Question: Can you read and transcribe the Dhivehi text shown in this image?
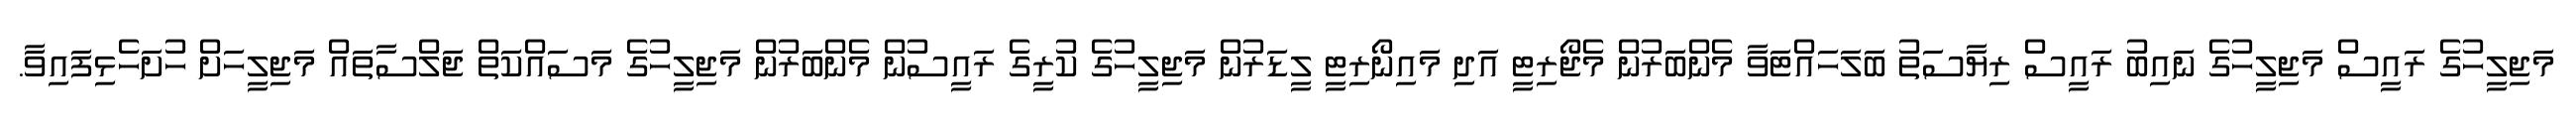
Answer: މަޖިލީހުގެ ރައީސް މަޖިލީހުގެ ނައިބު ރައީސް ރިޔާސަތު ބަލަހައްޓަވާ މެންބަރުން މެޖޯރިޓީ އަދި މައިނޯރިޓީ ލީޑަރުން މަޖިލީހުގެ ކުރީގެ ރައީސުން މެންބަރުން މަޖިލީހުގެ މަސައްކަތް ޖަލްސާތައް މަޖިލީހަށް ހުށަހެޅިފައިވާ.